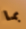
بما